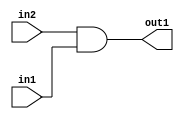
`timescale 1ps / 1ps
/*****************************************************************************
    Verilog RTL Description
    
    
    Created by: Stratus DpOpt 2019.1.01 
*******************************************************************************/

module GauFilter_And_1Ux1U_1U_1 (
	in2,
	in1,
	out1
	); /* architecture "behavioural" */ 
input  in2,
	in1;
output  out1;
wire  asc001;

assign asc001 = 
	(in2)
	&(in1);

assign out1 = asc001;
endmodule

/* CADENCE  urX1Twg= : u9/ySgnWtBlWxVPRXgAZ4Og= ** DO NOT EDIT THIS LINE ******/